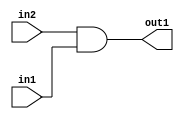
`timescale 1ps / 1ps
/*****************************************************************************
    Verilog RTL Description
    
    
    Created by: Stratus DpOpt 2019.1.01 
*******************************************************************************/

module GauFilter_And_1Ux1U_1U_1 (
	in2,
	in1,
	out1
	); /* architecture "behavioural" */ 
input  in2,
	in1;
output  out1;
wire  asc001;

assign asc001 = 
	(in2)
	&(in1);

assign out1 = asc001;
endmodule

/* CADENCE  urX1Twg= : u9/ySgnWtBlWxVPRXgAZ4Og= ** DO NOT EDIT THIS LINE ******/